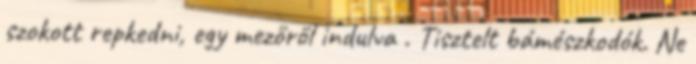
szokott repkedni, egy mezőről indulva . Tisztelt bámészkodók. Ne